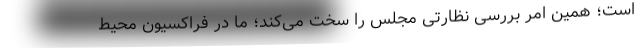
است؛ همین امر بررسی نظارتی مجلس را سخت می‌کند؛ ما در فراکسیون محیط